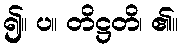
၍။ ပ။ တိဋ္ဌတိ၊ ၏။